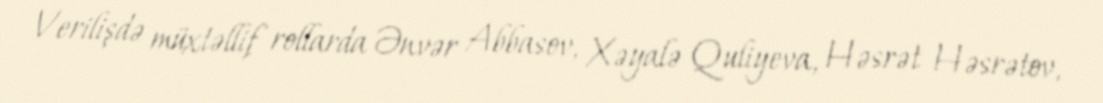
Verilişdə müxtəllif rollarda Ənvər Abbasov, Xəyalə Quliyeva, Həsrət Həsrətov,